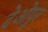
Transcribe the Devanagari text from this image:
देओपुर